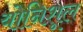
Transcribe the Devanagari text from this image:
योनिशूल